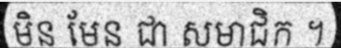
មិន មែន ជា សមាជិក ។